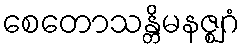
စေတောသန္တိမနဇ္ဈဂံ